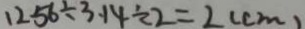
1 2 5 6 \div 3 . 1 4 \div 2 = 2 ( c m )